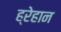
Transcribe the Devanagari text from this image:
ह्रेहान